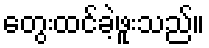
တွေးထင်ခဲ့ဖူးသည်။